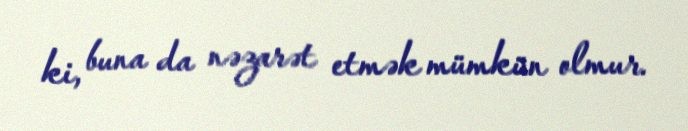
ki, buna da nəzarət etmək mümkün olmur.